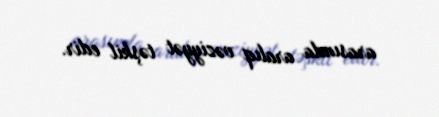
arasında aralıq vəziyyət təşkil edir.